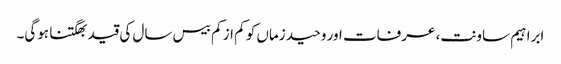
ابراہیم ساونت، عرفات اور وحید زماں کو کم از کم بیس سال کی قید بھگتنا ہوگی۔